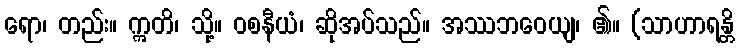
ရော၊ တည်း။ ဣတိ၊ သို့။ ဝစနီယံ၊ ဆိုအပ်သည်။ အဿဘဝေယျ၊ ၏။ (သာဟာရန္တိ